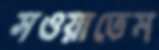
সওয়াতেম